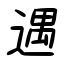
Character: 遇